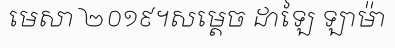
មេសា ២០១៩។សម្តេច ដាឡៃ ឡាម៉ា